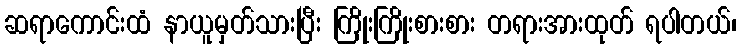
ဆရာကောင်းထံ နာယူမှတ်သားပြီး ကြိုးကြိုးစားစား တရားအားထုတ် ရပါတယ်၊